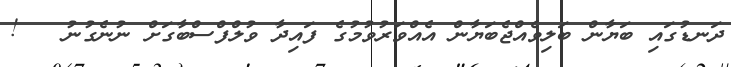
ދަނޑުގައި ބަޔާން ބަލިވެއްޖެބަޔާން އެއްވަރުވުމުގެ ފައިދާ ވުލްފްސްބާގަށް ނުނެގުނު   !